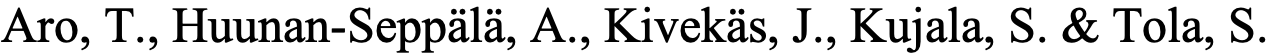
Aro, T., Huunan-Seppälä, A., Kivekäs, J., Kujala, S. & Tola, S.